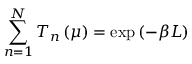
\sum _ { n = 1 } ^ { N } T _ { n } \left( \mu \right) = \exp \left( - \beta L \right)